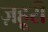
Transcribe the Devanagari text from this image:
ज़हूरी